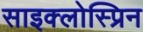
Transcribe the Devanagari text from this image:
साइक्लोस्प्रिन